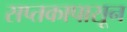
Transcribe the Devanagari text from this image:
सप्तकापासून